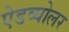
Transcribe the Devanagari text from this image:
ऐडव्योलर